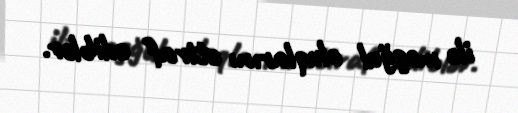
ilə məşğul oluqlarını etiraf ediblər.